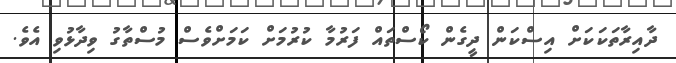
ދާއިރާތަކަކަށް އިސްކަން ދީގެން ކޯސްތައް ފަރުމާ ކުރުމަށް ކަމަށްވެސް މުސްތާގު ވިދާޅުވި އެވެ.